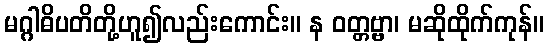
မဂ္ဂါဓိပတိတို့ဟူ၍လည်းကောင်း။ န ဝတ္တဗ္ဗာ၊ မဆိုထိုက်ကုန်။